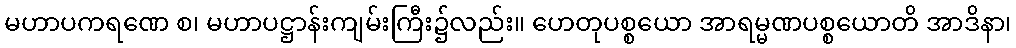
မဟာပကရဏေ စ၊ မဟာပဋ္ဌာန်းကျမ်းကြီး၌လည်း။ ဟေတုပစ္စယော အာရမ္မဏပစ္စယောတိ အာဒိနာ၊